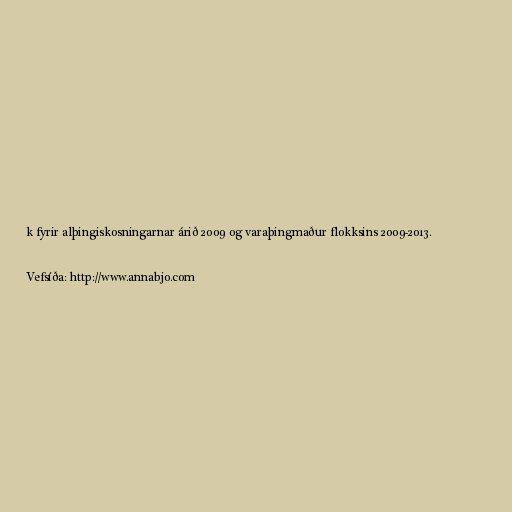
k fyrir alþingiskosningarnar árið 2009 og varaþingmaður flokksins 2009-2013.

Vefsíða: http://www.annabjo.com